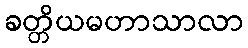
ခတ္တိယမဟာသာလာ